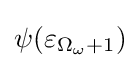
\psi (\varepsilon _{\Omega _{\omega }+1})